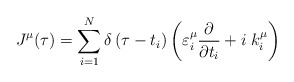
\begin{align*}J^\mu (\tau )=\sum_{i=1}^N\delta \left( \tau -t_i\right)\left( \varepsilon _i^\mu \frac \partial {\partial t_i}+i\;k_i^\mu \right)\end{align*}